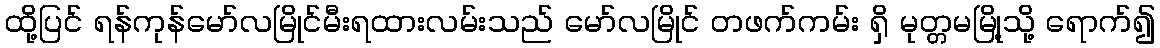
ထို့ပြင် ရန်ကုန်မော်လမြိုင်မီးရထားလမ်းသည် မော်လမြိုင် တဖက်ကမ်း ရှိ မုတ္တမမြို့သို့ ရောက်၍